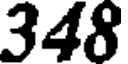
348